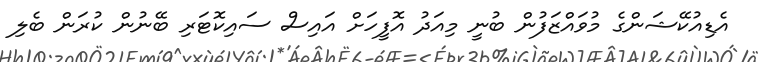
އެޑިއުކޭޝަންގެ މުވައްޒަފުން ބުނީ މިއަދު އޮފީހަށް އައިސް ސައިކޮޓަރި ބޭނުން ކުރަން ބެލި